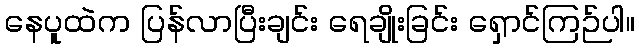
နေပူထဲက ပြန်လာပြီးချင်း ရေချိုးခြင်း ရှောင်ကြဉ်ပါ။